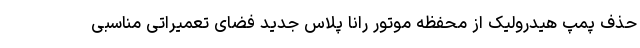
حذف پمپ هیدرولیک از محفظه موتور رانا پلاس جدید فضای تعمیراتی مناسبی